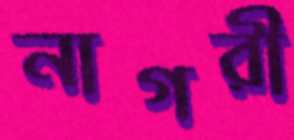
নাগরী